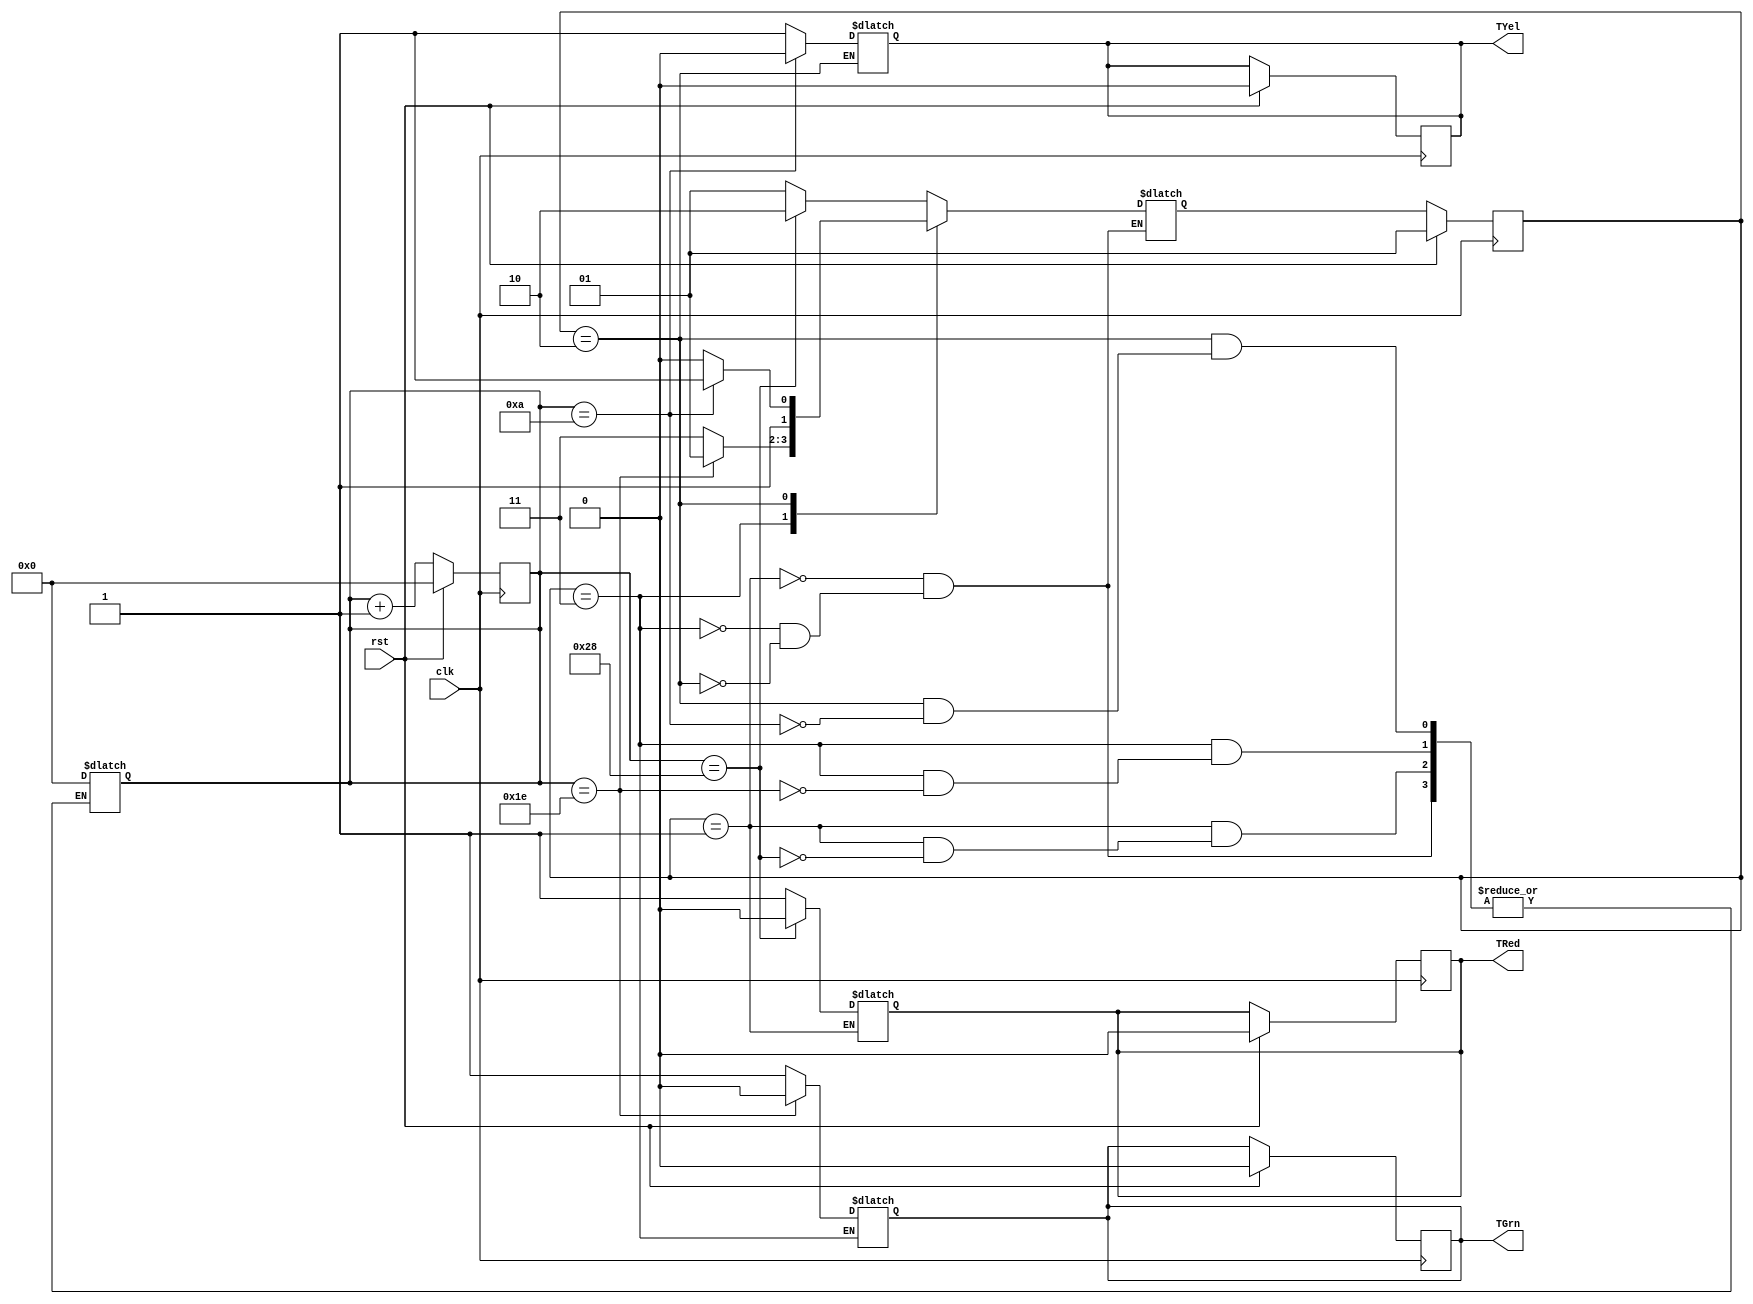
module tlc(clk,rst,TRed,TYel,TGrn);
parameter SIZE = 8;
parameter	RED = 2'b01,
		YELLOW = 2'b10,
		GREEN = 2'b11;

input clk,rst;
output reg TRed,TYel,TGrn;

reg [SIZE-1:0] count;
reg [1:0]current_state, nxt_state;

always @(posedge clk) 
begin
	if (rst) 
	begin
		current_state = RED;
		count = 0;
		{TRed,TYel,TGrn} = 3'b000;
	end
	else 
	begin
	current_state = nxt_state;
	count = count +1;
	end
end

always @(current_state or count) 
begin
	case (current_state)

		RED : if (count == 40) begin
					nxt_state = YELLOW;
					count = 0;
					$display ("%0t YELLOW",$time);
					TRed = 1'b0;
				end
				else begin
					nxt_state = RED;
					TRed = 1'b1;
				end

		GREEN : if (count == 30) begin
					nxt_state = RED;
					count = 0;
					$display ("%0t RED",$time);
					TGrn = 1'b0;
				end
				else begin
					nxt_state = GREEN;
					TGrn = 1'b1;
				end
		YELLOW : if (count == 10) begin
					nxt_state = GREEN;
					count = 0;
					$display ("%0t GREEN",$time);
					TYel = 1'b0;
				end
				else begin
					nxt_state = YELLOW;
					TYel = 1'b1;
				end

	endcase
end
endmodule